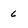
Character: 6